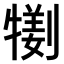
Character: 𤛜